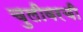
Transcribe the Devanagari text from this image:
चुलीवरची